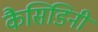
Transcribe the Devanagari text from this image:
कैसिडिनी